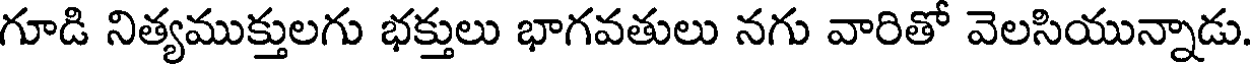
గూడి నిత్యముక్తులగు భక్తులు భాగవతులు నగు వారితో వెలసియున్నాడు.